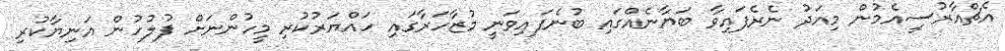
އެޗްއާރުސީއެމުން މިއަދު ނެރެފައިވާ ބަޔާނެއްގައި ބުނެފައިވަނީ މުޒާހަރާގައި ހައްޔަރުކުރި މީހުންނަށް ފުލުހުން އަނިޔާކުރި